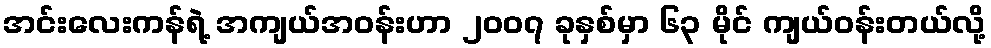
အင်းလေးကန်ရဲ့ အကျယ်အဝန်းဟာ ၂၀၀၇ ခုနှစ်မှာ ၆၃ မိုင် ကျယ်ဝန်းတယ်လို့